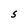
Character: s